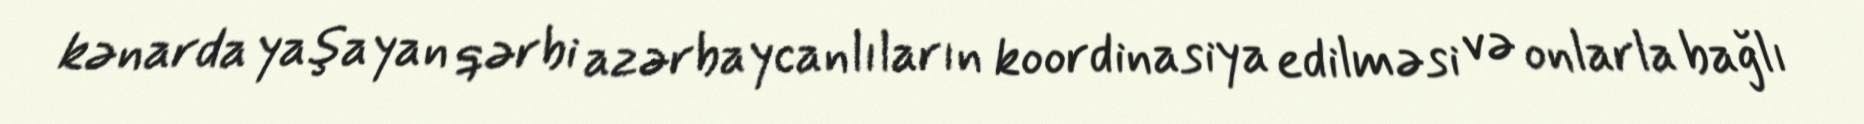
kənarda yaşayan qərbi azərbaycanlıların koordinasiya edilməsi və onlarla bağlı